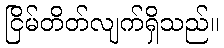
ငြိမ်တိတ်လျက်ရှိသည်။